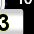
Digit: 3